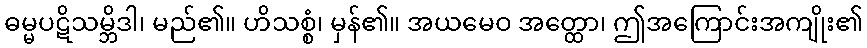
ဓမ္မပဋိသမ္ဘိဒါ၊ မည်၏။ ဟိသစ္စံ၊ မှန်၏။ အယမေဝ အတ္ထော၊ ဤအကြောင်းအကျိုး၏